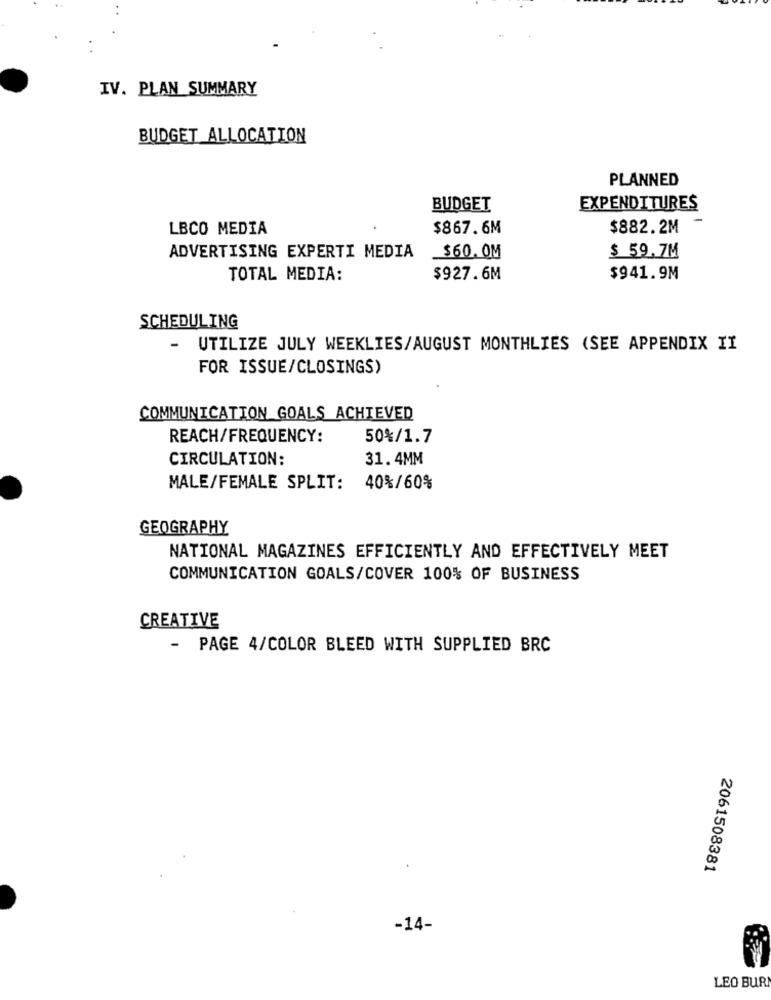
IV. PLAN SUMMARY
BUDGET ALLOCATION
PLANNED
BUDGET
EXPENDITURES
LBCO MEDIA
$867.6M
$882.2M
ADVERTISING EXPERTI MEDIA
$60. 0M
$ 59.7M
TOTAL MEDIA:
$927.6M
$941.9M
SCHEDULING
-
UTILIZE JULY WEEKLIES/AUGUST MONTHLIES (SEE APPENDIX II
FOR ISSUE/CLOSINGS)
COMMUNICATION GOALS ACHIEVED
REACH/FREQUENCY:
50%/1.7
CIRCULATION:
31.4MM
MALE/FEMALE SPLIT:
40%/60%
GEOGRAPHY
NATIONAL MAGAZINES EFFICIENTLY AND EFFECTIVELY MEET
COMMUNICATION GOALS/COVER 100% OF BUSINESS
CREATIVE
- PAGE 4/COLOR BLEED WITH SUPPLIED BRC
2061508381
-14-
LEO BUR